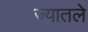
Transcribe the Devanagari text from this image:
ज्यातले